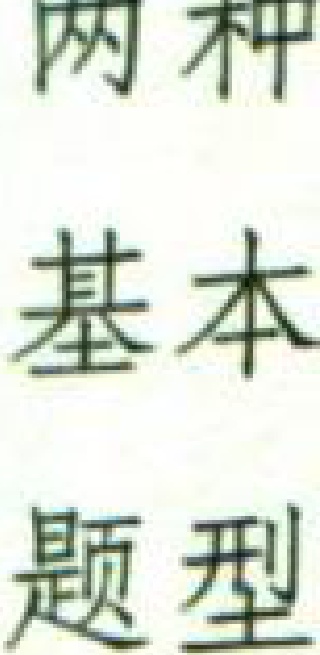
两种

基本

题型